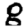
Digit: 8